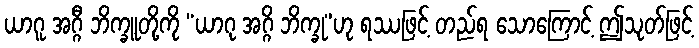
ယာဂူ အဂ္ဂီ ဘိက္ခူတို့ကို “ယာဂု အဂ္ဂိ ဘိက္ခု”ဟု ရဿဖြင့် တည်ရ သောကြောင့် ဤသုတ်ဖြင့်